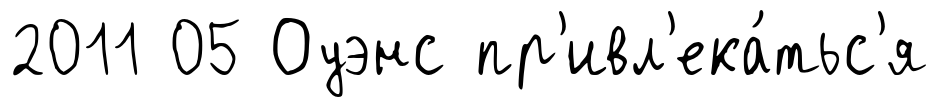
2011 05 Оуэнс пр'ивл'ека́тьс'я